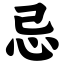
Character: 忌